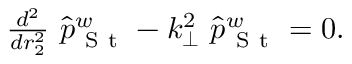
\begin{array} { r } { \frac { d ^ { 2 } } { d r _ { 2 } ^ { 2 } } \, \, \hat { p } _ { \mathrm { ~ S ~ t ~ } } ^ { w } - k _ { \perp } ^ { 2 } \, \, \hat { p } _ { \mathrm { ~ S ~ t ~ } } ^ { w } = 0 . } \end{array}